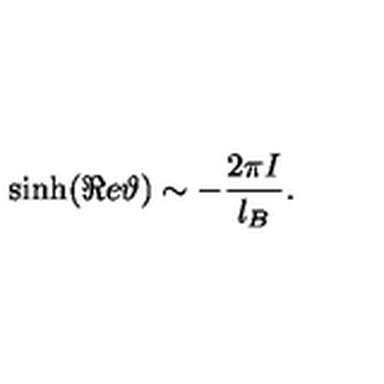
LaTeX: \sinh ( \Re e \vartheta ) \sim - \frac { 2 \pi I } { l _ { B } } .